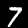
Label: 7